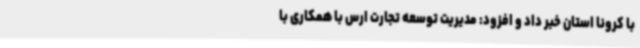
با کرونا استان خبر داد و افزود: مدیریت توسعه تجارت ارس با همکاری با